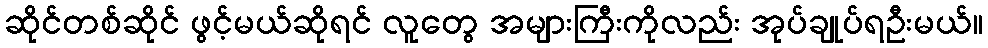
ဆိုင်တစ်ဆိုင် ဖွင့်မယ်ဆိုရင် လူတွေ အများကြီးကိုလည်း အုပ်ချုပ်ရဦးမယ်။